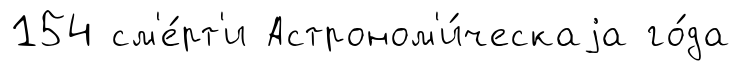
154 см'е́рт'и Астроном'и́ческаjа го́да